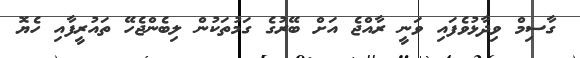
ގާސިމް ވިދާޅުވެފައި ވަނީ ރާއްޖެ އަށް ބޭރުގެ ގަމުތަކުން ލިބެންޖެހޭ ތައުރީފާއި ހެޔޮ